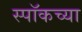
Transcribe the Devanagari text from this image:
स्पॉकच्या